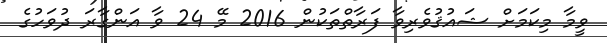
ވީމާ މިކަމަށް ޝައުޤުވެރިވާ ފަރާތްތަކުން 2016 މޭ 24 ވާ އަންގާރަ ދުވަހުގެ